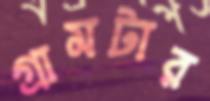
গ্রামটার